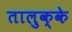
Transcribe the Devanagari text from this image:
तालुक्के